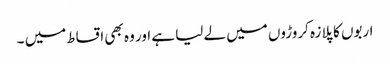
اربوں کا پلازہ کروڑوں میں لے لیا ہے اور وہ بھی اقساط میں ۔